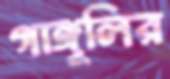
গাঙ্গুলির